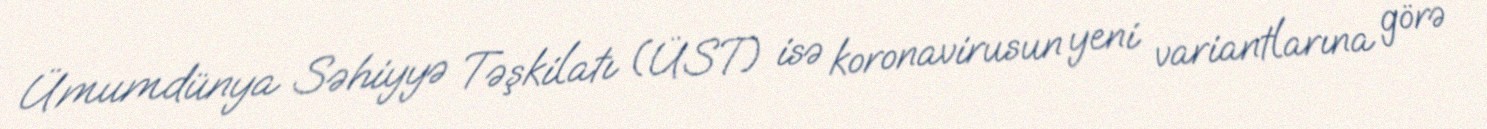
Ümumdünya Səhiyyə Təşkilatı (ÜST) isə koronavirusun yeni variantlarına görə